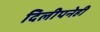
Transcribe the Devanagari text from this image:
दिलीपनेही